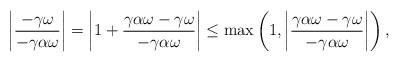
LaTeX: \begin{align*}\left|\dfrac{-\gamma \omega}{-\gamma \alpha \omega}\right|&=\left|1+\dfrac{\gamma \alpha \omega-\gamma \omega}{-\gamma\alpha \omega}\right| \leq \max \left(1,\left|\dfrac{\gamma \alpha \omega - \gamma \omega}{- \gamma \alpha \omega}\right| \right),\end{align*}